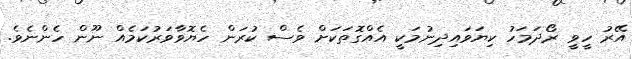
އޭރު ހީވީ ރޯދަމަހު ކިޔަވައިދިނުމަކީ އެއްގޮތަކަށް ވެސް ކުރަން ހެޔޮވާވަރުކަމެއް ނޫން ހެންނެވެ.